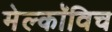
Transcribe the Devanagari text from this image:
मेल्काॅविच